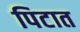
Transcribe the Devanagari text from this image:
पिटात